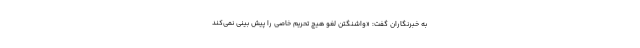
به خبرنگاران گفت: «واشنگتن لغو هیچ تحریم خاصی را پیش بینی نمی‌کند